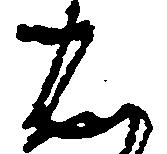
は